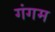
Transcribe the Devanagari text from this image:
गंगम